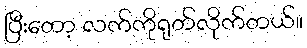
ပြီးတော့ လက်ကိုရုတ်လိုက်တယ်။